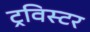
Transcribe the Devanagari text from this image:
ट्रविस्टर